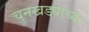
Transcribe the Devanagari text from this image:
चुनखड्यांच्या